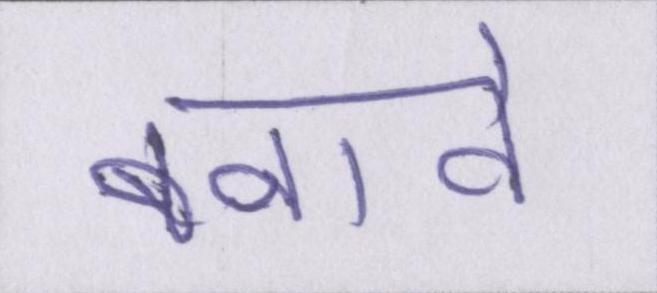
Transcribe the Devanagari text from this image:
बनावे